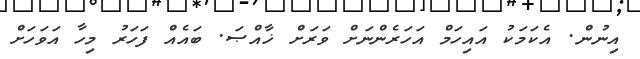
އިނުން. އެކަމަކު އައިހަމް އަހަރެންނަށް ވަރަށް ޚާއްޞަ. ބައެއް ފަހަރު މިހާ އަވަހަށް